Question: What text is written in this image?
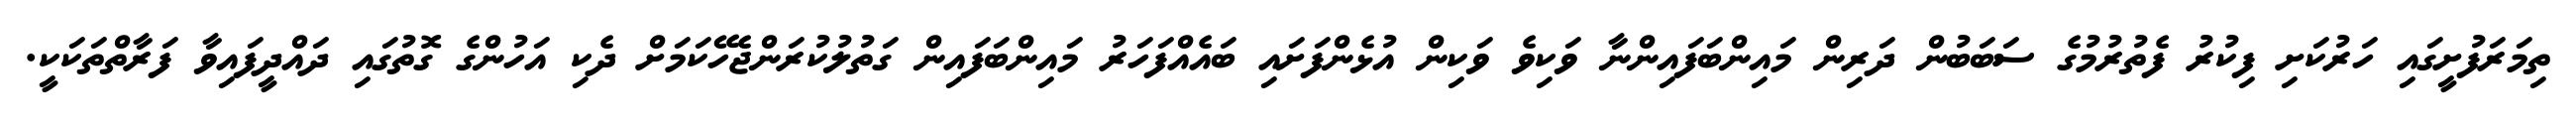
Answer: ތިމަރަފުށީގައި ހަރުކަށި ފިކުރު ފެތުރުމުގެ ސަބަބުން ދަރިން މައިންބަފައިންނާ ވަކިވެ ވަކިން އުޅެންފަށައި ބައެއްފަހަރު މައިންބަފައިން ގަތުލުކުރަންޖެހޭކަމަށް ދެކި އަހުންގެ ގޮތުގައި ދައްދީފައިވާ ފަރާތްތަކަކީ.